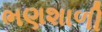
ભણશાળી